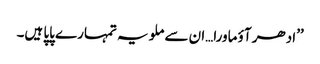
’’ادھر آؤ ماورا…ان سے ملو یہ تمہارے پاپا ہیں۔